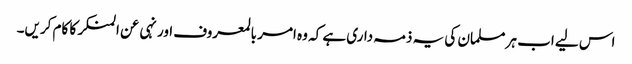
اس لیے اب ہر مسلمان کی یہ ذمہ داری ہے کہ وہ امر بالمعروف اور نہی عن المنکر کا کام کریں۔